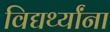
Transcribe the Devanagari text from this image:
विद्यर्थ्यांना